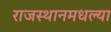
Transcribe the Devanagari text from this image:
राजस्थानमधल्या